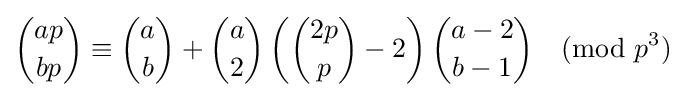
{ap \choose bp}\equiv {a \choose b}+{a \choose 2}\left({2p \choose p}-2\right){a-2 \choose b-1}{\pmod {p^{3}}}